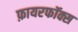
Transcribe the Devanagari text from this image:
फ़ायरफॉक्स